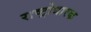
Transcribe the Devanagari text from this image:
राष्ट्रोधारक